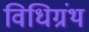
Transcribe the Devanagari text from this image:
विधिग्रंथ